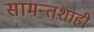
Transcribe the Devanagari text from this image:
सामन्तशाही